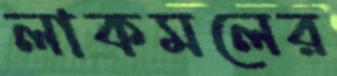
লাকমলের